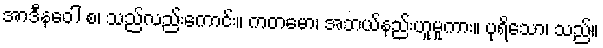
အာဒီနဝေါ စ၊ သည်လည်းကောင်း။ ကတမော၊ အဘယ်နည်းဟူမူကား။ ပုရိသော၊ သည်။